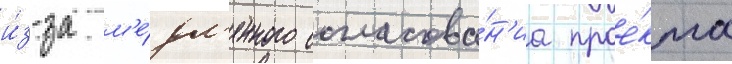
и́з-за м'е́дл'енного согласова́н'иа прое́кта